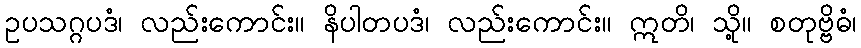
ဥပသဂ္ဂပဒံ၊ လည်းကောင်း။ နိပါတပဒံ၊ လည်းကောင်း။ ဣတိ၊ သို့။ စတုဗ္ဗိဓံ၊